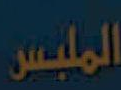
الملبس